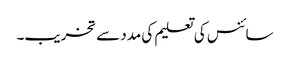
سائنس کی تعلیم کی مدد سے تخریب۔